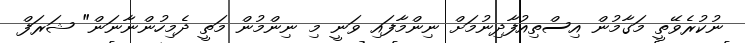
ނުކުރެވޭތީ މަގާމުން އިސްތިއުފާދިނުމަށް ނިންމާފައި ވަނީ މި ނިންމުން މަތީ ދެމިހުންނާނަން" ޝަރަފް